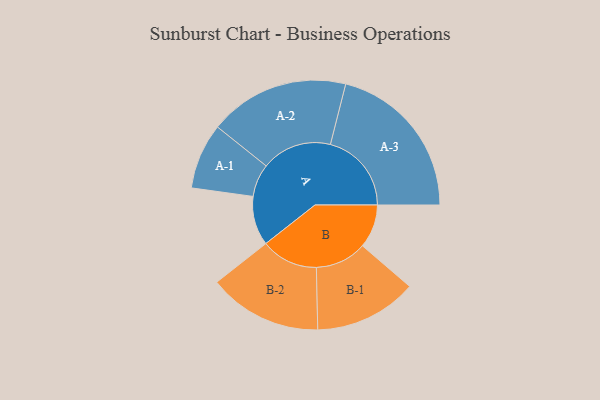
{"axis": {"x": "Segment", "y": "Value"}, "legend": ["", "A", "B"], "data": [{"x": "A", "y": 181, "type": ""}, {"x": "B", "y": 160, "type": ""}, {"x": "A-1", "y": 121, "type": "A"}, {"x": "A-2", "y": 258, "type": "A"}, {"x": "A-3", "y": 298, "type": "A"}, {"x": "B-1", "y": 189, "type": "B"}, {"x": "B-2", "y": 209, "type": "B"}]}